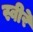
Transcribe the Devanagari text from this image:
स्वीरे